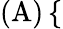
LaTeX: \textup{(A)}\left\{ \begin{array}{rl}\end{array}\right.